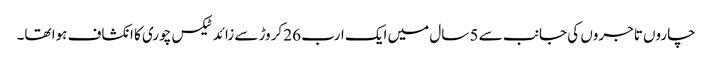
چاروں تاجروں کی جانب سے 5 سال میں ایک ارب 26 کروڑ سے زائد ٹیکس چوری کا انکشاف ہوا تھا۔